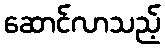
ဆောင်လာသည့်